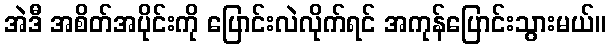
အဲဒီ အစိတ်အပိုင်းကို ပြောင်းလဲလိုက်ရင် အကုန်ပြောင်းသွားမယ်။